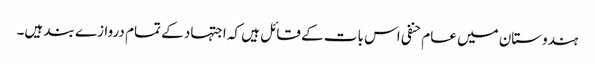
ہندوستان میں عام حنفی اس بات کے قائل ہیں کہ اجتہاد کے تمام دروازے بند ہیں۔